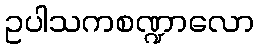
ဥပါသကစဏ္ဍာလော